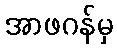
အာဖဂန်မှ